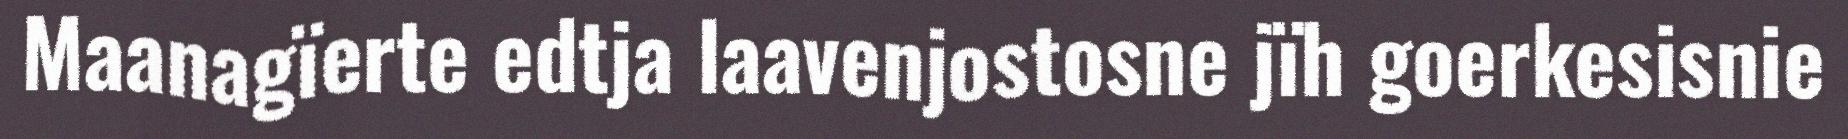
Maanagïerte edtja laavenjostosne jïh goerkesisnie